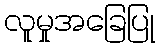
လူမှုအခြေပြု